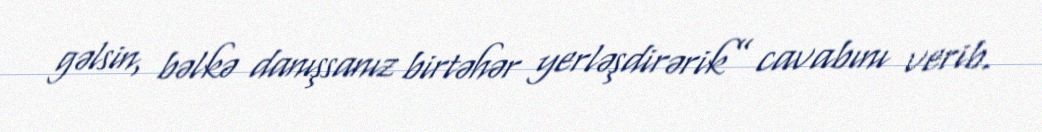
gəlsin, bəlkə danışsanız birtəhər yerləşdirərik” cavabını verib.